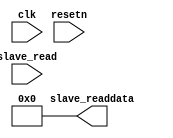
module version_id 
#( 
  parameter WIDTH=32,
  parameter VERSION_ID=0
)
(
   input clk,
   input resetn,

   // Slave port
   input slave_read,
   output [WIDTH-1:0] slave_readdata
);

assign slave_readdata = VERSION_ID;

endmodule